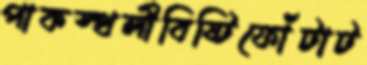
পাকস্থলীবিষ্টিফোঁটাট